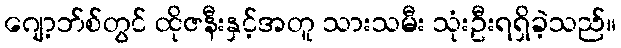
ဂျော့ဘ်စ်တွင် ထိုဇနီးနှင့်အတူ သားသမီး သုံးဦးရရှိခဲ့သည်။